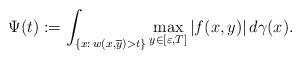
LaTeX: \begin{align*}\Psi(t):=\int_{\left\{x:\,w(x,\overline{y})>t\right\}}\max_{y\in[\varepsilon,T]}|f(x,y)|\,d\gamma(x).\end{align*}